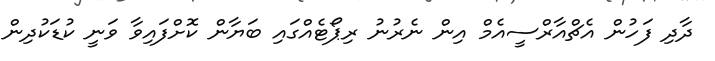
ދާދި ފަހުން އެޗްއާރްސީއެމް އިން ނެރުނު ރިޕޯޓެއްގައި ބަޔާން ކޮށްފައިވާ ވަނީ ކުޑަކުދިން